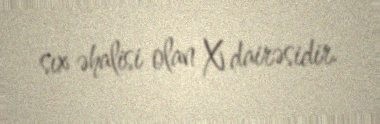
sıx əhalisi olan X dairəsidir.